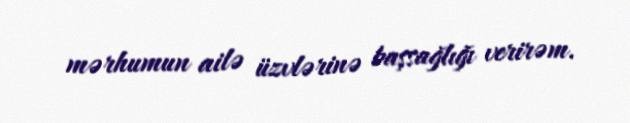
mərhumun ailə üzvlərinə başsağlığı verirəm.